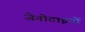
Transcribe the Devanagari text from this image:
जेनोटाइपों